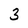
Character: 3